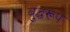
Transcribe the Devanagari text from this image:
बुद्धरूप